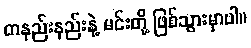
တနည်းနည်းနဲ့ မင်းတို့ ဖြစ်သွားမှာပါ။